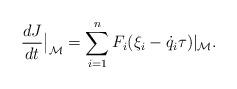
LaTeX: \begin{align*}\frac{dJ}{dt}\big\vert_\mathcal M=\sum_{i=1}^n F_i(\xi_i-\dot q_i\tau)\vert_\mathcal M.\end{align*}